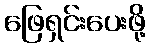
ဖြေရှင်းပေးဖို့